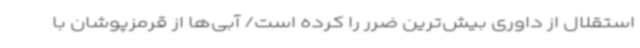
استقلال از داوری بیش‌ترین ضرر را کرده است/ آبی‌ها از قرمزپوشان با